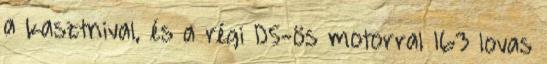
a kasztnival, és a régi D5-ös motorral 163 lovas